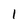
Character: 1